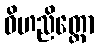
ဝိဟညိတ္ထော